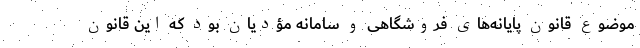
موضوع قانون پایانه‌های فروشگاهی و سامانه مؤدیان بود که این قانون